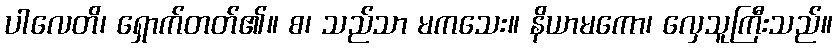
ပါလေတိ၊ ရှောက်တတ်၏။ စ၊ သည်သာ မကသေး။ နိယာမကော၊ လှေသူကြီးသည်။